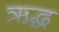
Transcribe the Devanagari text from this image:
ऋद्ध